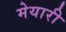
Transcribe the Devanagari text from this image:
मेयारी